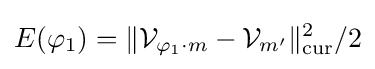
E(\varphi _{1})=\|{\mathcal {V}}_{\varphi _{1}\cdot m}-{\mathcal {V}}_{m^{\prime }}\|_{\text{cur}}^{2}/2